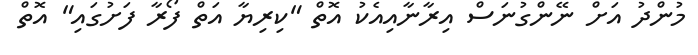
މުންދު އަށް ނޭންގުނަސް އިރާނާއިއެކު އޮތް "ކިރިޔާ އަތް ފޯރާ ފަށުގައި" އޮތް